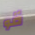
قو